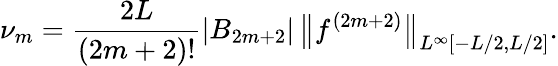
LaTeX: \nu_{m}=\frac{2L}{(2m+2)!}|B_{2m+2}|\, \big\| f^{(2m+2)}\big\| _{L^{\infty}[-L/2,L/2]}.